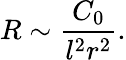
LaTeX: R\sim{\frac{C_{0}}{l^{2}r^{2}}}.